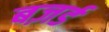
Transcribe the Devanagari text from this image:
बज़र्ड